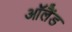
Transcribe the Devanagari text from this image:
ऑलैंड